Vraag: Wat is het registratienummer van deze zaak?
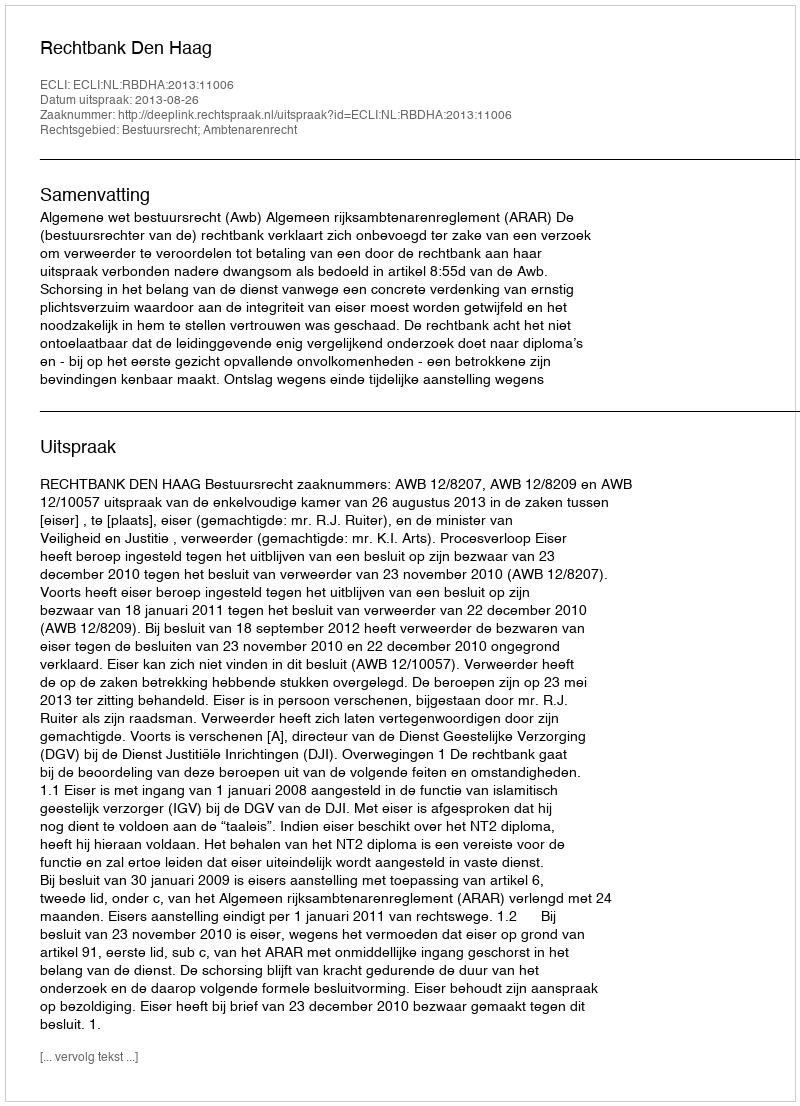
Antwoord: http://deeplink.rechtspraak.nl/uitspraak?id=ECLI:NL:RBDHA:2013:11006